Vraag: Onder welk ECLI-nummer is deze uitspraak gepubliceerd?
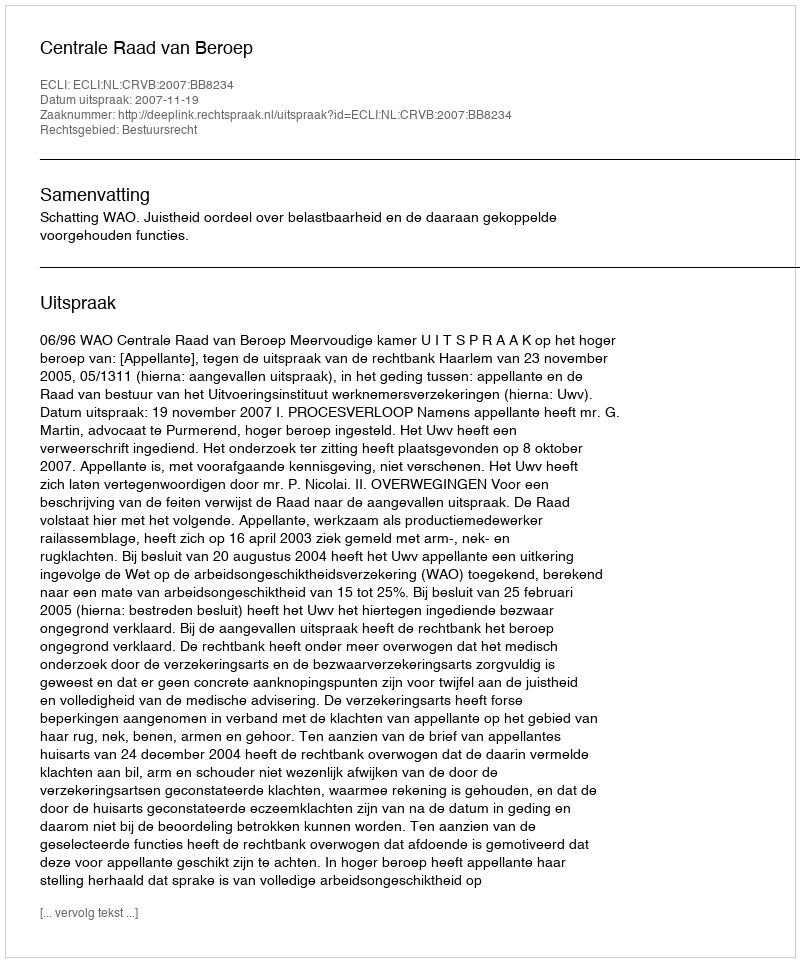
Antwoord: ECLI:NL:CRVB:2007:BB8234